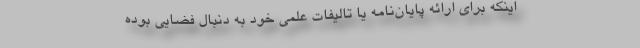
اینکه برای ارائه پایان‌نامه یا تالیفات علمی خود به دنبال فضایی بوده